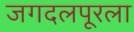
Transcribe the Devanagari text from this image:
जगदलपूरला